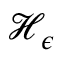
{ \mathcal { H } } _ { \epsilon }